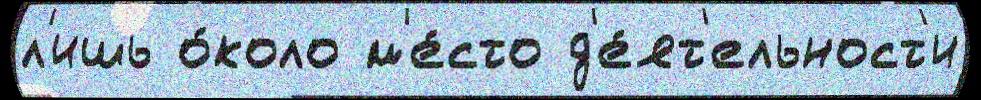
л'ишь о́коло м'е́сто д'е́ят'ельност'и